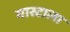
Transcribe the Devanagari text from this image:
गास्टाला